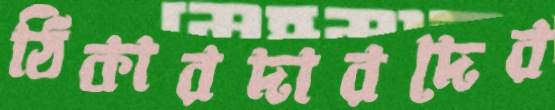
ঠিকারদারদের